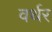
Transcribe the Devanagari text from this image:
वर्थर